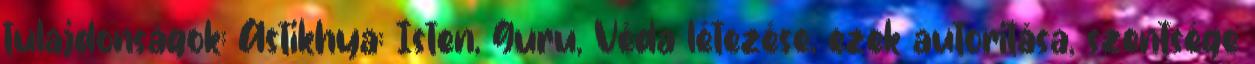
tulajdonságok: Astikhya: Isten, Guru, Véda létezése, ezek autoritása, szentsége